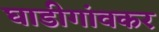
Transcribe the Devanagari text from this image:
घाडीगांवकर